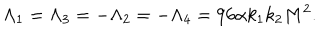
\Lambda _ { 1 } = \Lambda _ { 3 } = - \Lambda _ { 2 } = - \Lambda _ { 4 } = 9 6 \alpha k _ { 1 } k _ { 2 } M ^ { 2 } .